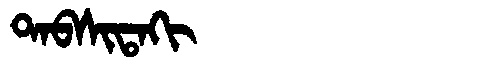
Manchu: ᡨᠠᠪᠰᡳᡨᠠᡴᡳ
Romanization: TABSITAKI